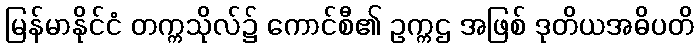
မြန်မာနိုင်ငံ တက္ကသိုလ်၌ ကောင်စီ၏ ဥက္ကဌ အဖြစ် ဒုတိယအဓိပတိ